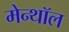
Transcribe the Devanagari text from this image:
मेन्थॉल